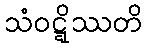
သံဝဋ္ဋိဿတိ